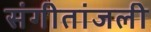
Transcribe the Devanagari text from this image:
संगीतांजली